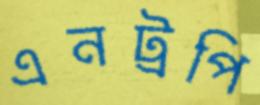
এনট্রপি